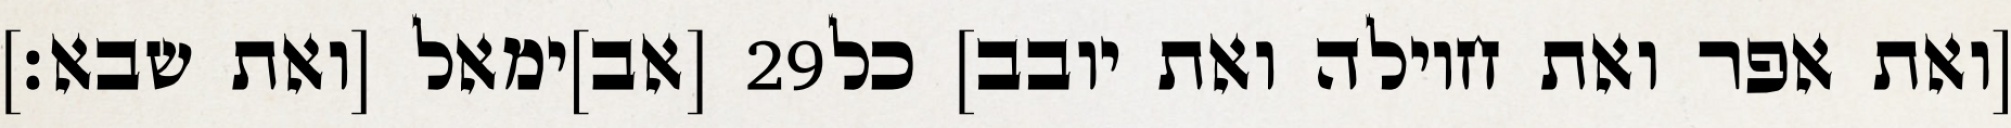
[אב]ימאל [ואת שבא׃] ‎29‏ [ואת אפר ואת חוילה ואת יובב] כל